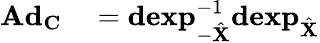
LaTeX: \begin{array}{rl}{\mathbf{Ad}_{\mathbf{C}}}&{{}=\mathbf{dexp}_{-\hat{\mathbf{X}}}^{-1}\mathbf{dexp}_{\hat{\mathbf{X}}}}\end{array}